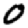
Digit: 0